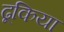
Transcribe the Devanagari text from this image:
ढूकिया